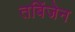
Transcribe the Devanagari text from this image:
तबिंजेन